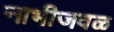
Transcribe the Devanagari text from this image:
नाभीजवळ